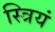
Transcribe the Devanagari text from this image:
स्त्रियं